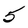
Character: 5